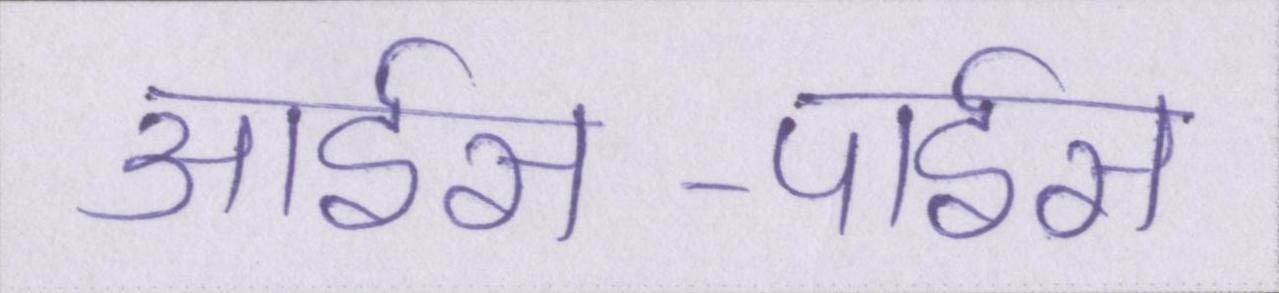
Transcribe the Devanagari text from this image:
आईस-पाईस